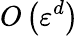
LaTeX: O\left(\varepsilon^{d}\right)